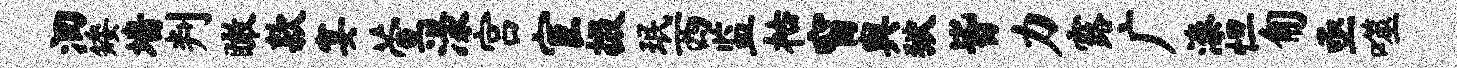
洄矮墙判瞰款宴萱漾宫宦掇珉西监枯窗舆狱皆力露广漆怛匍亟噬